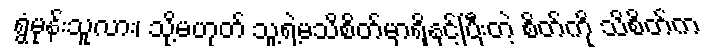
ရွံမုန်းသူလား၊ သို့မဟုတ် သူ့ရဲ့မသိစိတ်မှာရှိနှင့်ပြီးတဲ့ စိတ်ကို သိစိတ်က